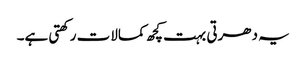
یہ دھرتی بہت کچھ کمالات رکھتی ہے۔